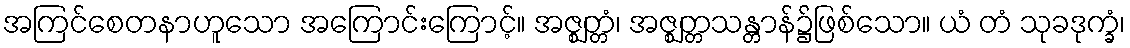
အကြင်စေတနာဟူသော အကြောင်းကြောင့်။ အဇ္ဈတ္တံ၊ အဇ္ဈတ္တသန္တာန်၌ဖြစ်သော။ ယံ တံ သုခဒုက္ခံ၊